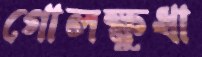
গোলক্ষুধা